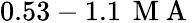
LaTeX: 0.53-1.1\, \mathrm{~M~A~}